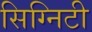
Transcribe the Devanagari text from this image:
सिग्निटी